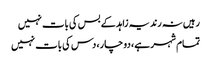
رہیں نہ رند یہ زاہد کے بس کی بات نہیں
تمام شہر ہے، دو چار، دس کی بات نہیں